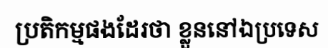
ប្រតិកម្មផងដែរថា ខ្លួននៅឯប្រទេស